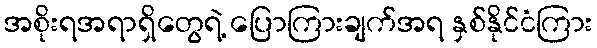
အစိုးရအရာရှိတွေရဲ့ ပြောကြားချက်အရ နှစ်နိုင်ငံကြား